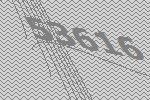
53616